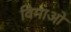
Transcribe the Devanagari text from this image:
विमाओ